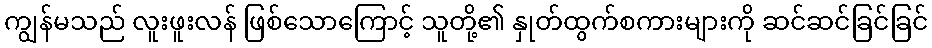
ကျွန်မသည် လူးဖူးလန် ဖြစ်သောကြောင့် သူတို့၏ နှုတ်ထွက်စကားများကို ဆင်ဆင်ခြင်ခြင်